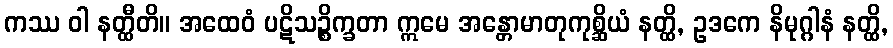
ကဿ ဝါ နတ္ထီတိ။ အထေဝံ ပဋိသဉ္စိက္ခတာ ဣမေ အန္တောမာတုကုစ္ဆိယံ နတ္ထိ, ဥဒကေ နိမုဂ္ဂါနံ နတ္ထိ,